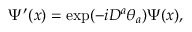
\Psi ^ { \prime } ( x ) = \exp ( - i D ^ { a } \theta _ { a } ) \Psi ( x ) ,